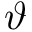
\vartheta